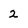
Character: 2